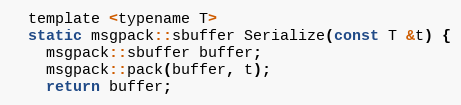
Language: C
  template <typename T>
  static msgpack::sbuffer Serialize(const T &t) {
    msgpack::sbuffer buffer;
    msgpack::pack(buffer, t);
    return buffer;